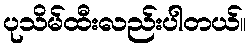
ပုသိမ်ထီးလည်းပါတယ်။